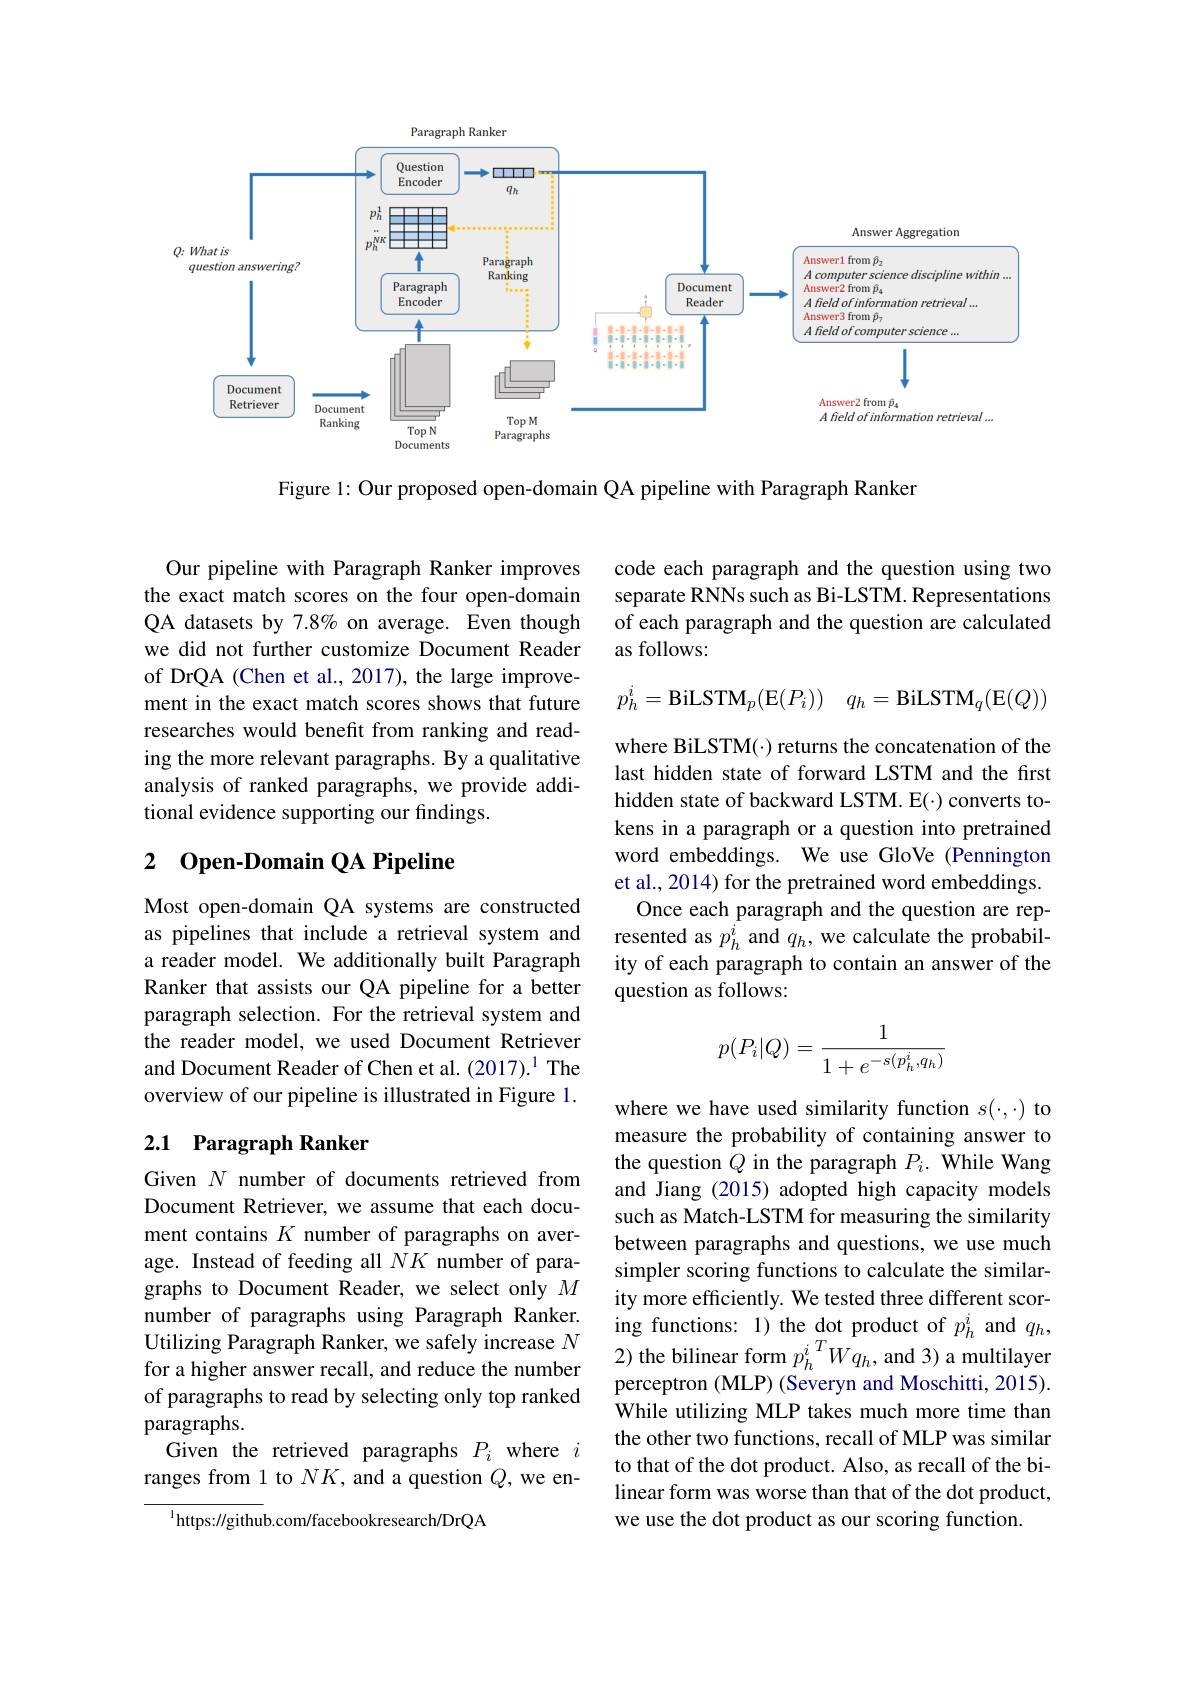
<FigureHere>

Figure 1: Our proposed open-domain QA pipeline with Paragraph Ranker

Our pipeline with Paragraph Ranker improves the exact match scores on the four open-domain QA datasets by 7.8% on average. Even though we did not further customize Document Reader of DrQA (Chen et al., 2017), the large improvement in the exact match scores shows that future researches would benefit from ranking and reading the more relevant paragraphs. By a qualitative analysis of ranked paragraphs, we provide additional evidence supporting our findings.

## 2 Open-Domain QA Pipeline

Most open-domain QA systems are constructed as pipelines that include a retrieval system and a reader model. We additionally built Paragraph Ranker that assists our QA pipeline for a better paragraph selection. For the retrieval system and the reader model, we used Document Retriever and Document Reader of Chen et al. (2017).$^{1}$ The overview of our pipeline is illustrated in Figure 1.

## 2.1 Paragraph Ranker

Given $N$ number of documents retrieved from Document Retriever, we assume that each document contains $K$ number of paragraphs on average. Instead of feeding all $NK$ number of paragraphs to Document Reader, we select only $M$ number of paragraphs using Paragraph Ranker. Utilizing Paragraph Ranker, we safely increase $N$ for a higher answer recall, and reduce the number of paragraphs to read by selecting only top ranked paragraphs.
Given the retrieved paragraphs $P_i$ where $i$ ranges from 1 to $NK$, and a question $Q$, we en-

$^{1}$https://github.com/facebookresearch/DrQA

code each paragraph and the question using two separate RNNs such as Bi-LSTM. Representations of each paragraph and the question are calculated as follows:
$$p_h^i=\mathrm{BiLSTM}_p(\mathrm{E}(P_i))\quad q_h=\mathrm{BiLSTM}_q(\mathrm{E}(Q))$$
where BiLSTM(·) returns the concatenation of the last hidden state of forward LSTM and the first hidden state of backward LSTM. E(·) converts tokens in a paragraph or a question into pretrained word embeddings. We use GloVe (Pennington et al., 2014) for the pretrained word embeddings.
Once each paragraph and the question are represented as $p_h^i$ and $q_h$, we calculate the probability of each paragraph to contain an answer of the question as follows:
$$p(P_i|Q)=\frac{1}{1+e^{-s(p_h^i,q_h)}}$$
where we have used similarity function $s(\cdot,\cdot)$ to measure the probability of containing answer to the question $Q$ in the paragraph $P_i.$ While Wang and Jiang (2015) adopted high capacity models such as Match-LSTM for measuring the similarity between paragraphs and questions, we use much simpler scoring functions to calculate the similarity more efficiently. We tested three different scoring functions: 1) the dot product of $p_h^i$ and $q_h$, 2) the bilinear form $p_h^i{}^TWq_h$, and 3) a multilayer perceptron (MLP) (Severyn and Moschitti, 2015). While utilizing MLP takes much more time than the other two functions, recall of MLP was similar to that of the dot product. Also, as recall of the bilinear form was worse than that of the dot product, we use the dot product as our scoring function.